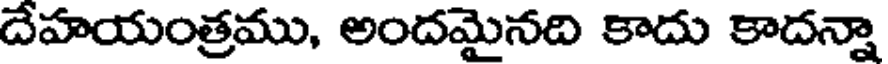
దేహయంత్రము, అందమైనది కాదు కాదన్నా